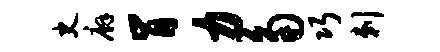
史廨肯力角巧剌